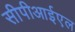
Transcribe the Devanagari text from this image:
सीपीआईएल